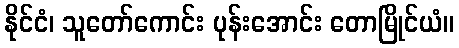
နိုင်ငံ၊ သူတော်ကောင်း ပုန်းအောင်း တောမြိုင်ယံ။